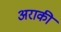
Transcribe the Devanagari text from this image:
अराकी